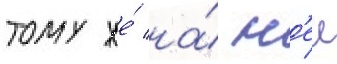
тому же́ на́ н'еи